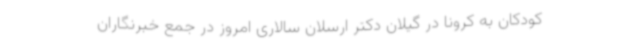
کودکان به کرونا در گیلان دکتر ارسلان سالاری امروز در جمع خبرنگاران